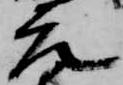
元